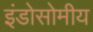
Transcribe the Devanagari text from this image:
इंडोसोमीय